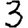
Digit: 3